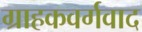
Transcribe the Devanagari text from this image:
ग्राहकवर्गवाद